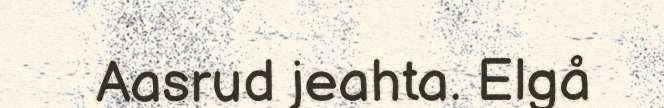
Aasrud jeahta. Elgå